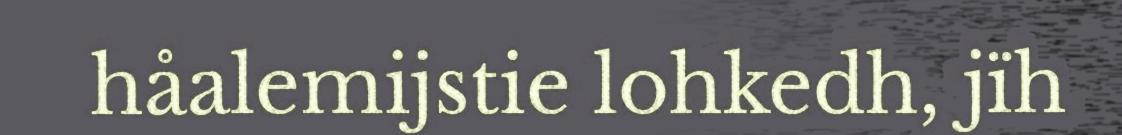
håalemijstie lohkedh, jïh